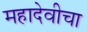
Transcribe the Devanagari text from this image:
महादेवीचा